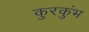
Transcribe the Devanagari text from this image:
कुरकुंभ